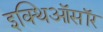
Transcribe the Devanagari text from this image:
इक्थिऑसॉर